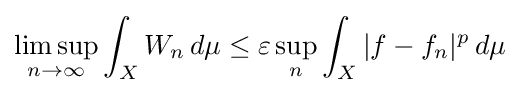
\limsup _{n\to \infty }\int _{X}W_{n}\,d\mu \leq \varepsilon \sup _{n}\int _{X}|f-f_{n}|^{p}\,d\mu